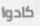
كادوا